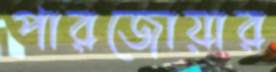
পারজোয়ার